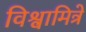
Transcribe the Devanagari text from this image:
विश्वामित्रे